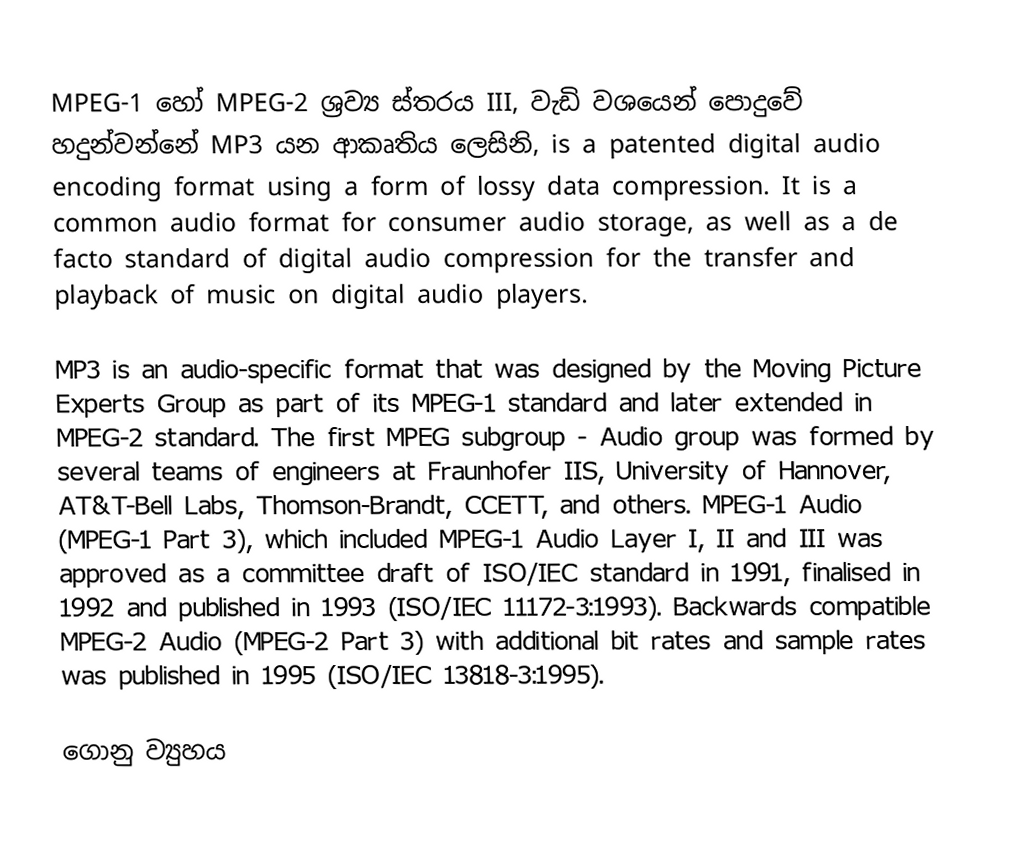
MPEG-1 හෝ MPEG-2 ශ්‍රව්‍ය ස්තරය III, වැඩි වශයෙන් පොදුවේ හදුන්වන්නේ MP3 යන ආකෘතිය ලෙසිනි, is a patented digital audio encoding format using a form of lossy data compression. It is a common audio format for consumer audio storage, as well as a de facto standard of digital audio compression for the transfer and playback of music on digital audio players.

MP3 is an audio-specific format that was designed by the Moving Picture Experts Group as part of its MPEG-1 standard and later extended in MPEG-2 standard. The first MPEG subgroup - Audio group was formed by several teams of engineers at Fraunhofer IIS, University of Hannover, AT&T-Bell Labs, Thomson-Brandt, CCETT, and others. MPEG-1 Audio (MPEG-1 Part 3), which included MPEG-1 Audio Layer I, II and III was approved as a committee draft of ISO/IEC standard in 1991, finalised in 1992 and published in 1993 (ISO/IEC 11172-3:1993). Backwards compatible MPEG-2 Audio (MPEG-2 Part 3) with additional bit rates and sample rates was published in 1995 (ISO/IEC 13818-3:1995).

ගොනු ව්‍යුහය